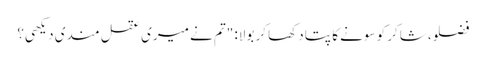
فضلو، شاکر کو سونے کا پتا دکھا کر بولا: "تم نے میری عقل مندی دیکھی؟